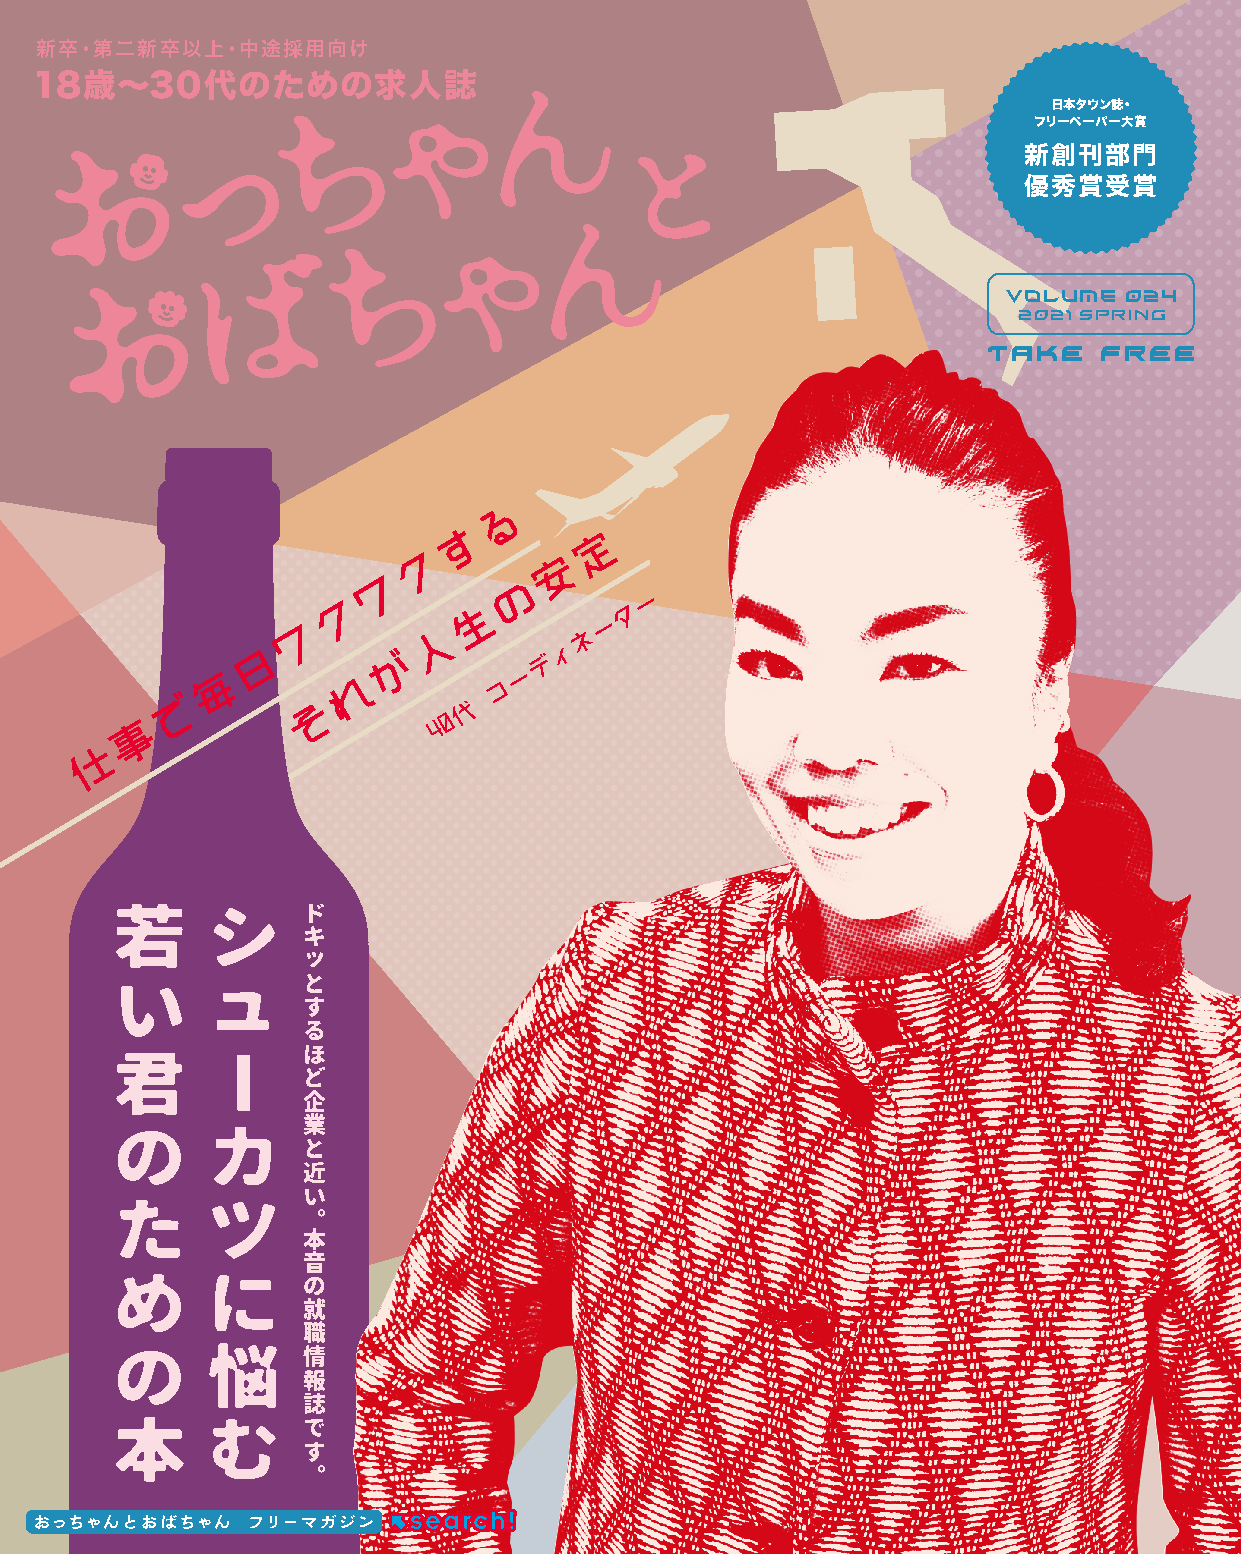
新卒・第二新卒以上・中途採用向け
 18歳〜30代のための求人誌
 日本タウン誌・
 フリーペーパー大賞
 新創刊部門
 優秀賞受賞
 VLUME 024
 2021 SPRING
 る
 す        定
 ク        安
 ワ         の
 ク        生         タ ー
 ワ        人         ネ ー
 日        が         デ ィ
 毎        れ         コ ー
 で        そ         代
 事                    4 0
 仕
 若     シ     ド
 キ
 ッ
 い     ュ     と
 す
 る
 君     ー     ほ
 ど
 企
 の     カ     業
 と
 近
 た     ツ     い
 。
 本
 音
 め     に
 の
 就
 職
 の     悩
 情
 報
 誌
 本     む
 で
 す
 。